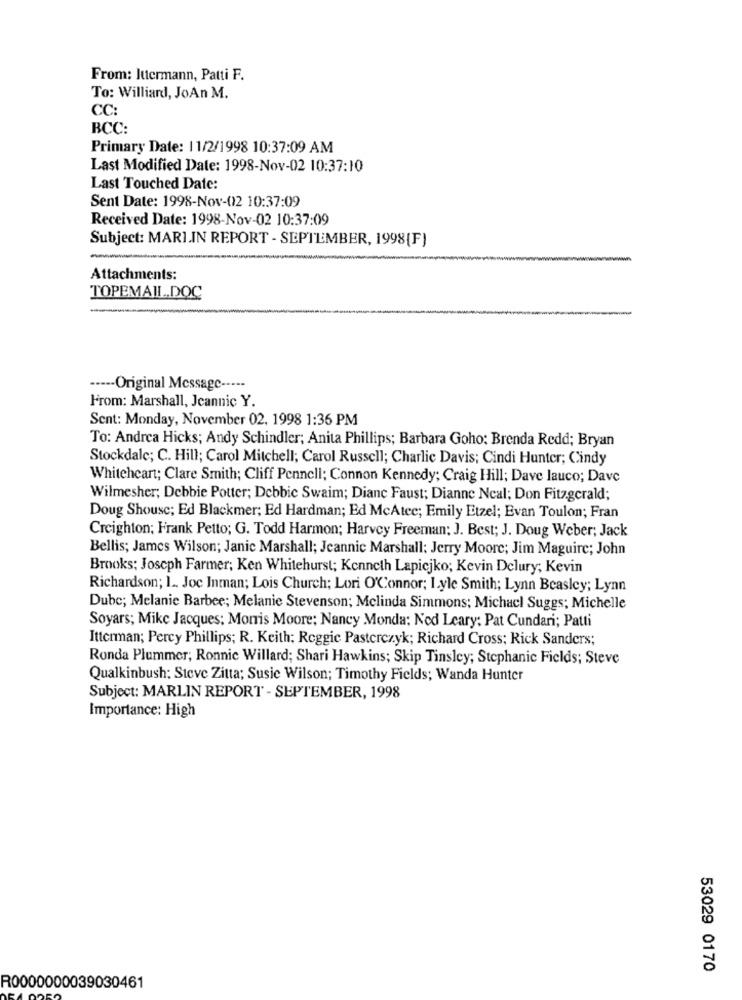
From: Jutermann, Patti F.
To: Williard, JoAn M.
CC:
BCC:
Primary Date: 11/2/1998 10:37:09 AM
Last Modified Date: 1998-Nov-02 10:37:10
Last Touched Date:
Sent Date: 1998-Nov-02 10:37:09
Received Date: 1998-Nov-02 10:37:09
Subject: MARI.IN REPORT - SEPTEMBER, 1998[F)
Attachments:
TOPEMAIL.DOC
---- Original Message -----
From: Marshall, Jeannic Y.
Sent: Monday, November 02, 1998 1:36 PM
To: Andrea Hicks; Andy Schindler; Anita Phillips; Barbara Goho: Brenda Redd; Bryan
Stockdale; C. Hill; Carol Mitchell; Carol Russell; Charlic Davis; Cindi Hunter; Cindy
Whiteheart; Clare Smith; Cliff Pennell; Connon Kennedy; Craig Hill; Dave lauco; Dave
Wilmesher; Debbie Potter; Debbie Swaim; Dianc Faust; Dianne Ncal; Don Fitzgerald;
Doug Shouse; Ed Blackmer; Ed Hardman; Ed McAtec; Emily Etzel; Evan Toulon; Fran
Creighton; Frank Petto; G. Todd Harmon; Harvey Freeman: J. Best; J. Doug Weber; Jack
Bellis; James Wilson; Janic Marshall; Jeannic Marshall; Jerry Moore; Jim Maguire; John
Brooks; Joseph Farmer; Ken Whitehurst; Kenneth Lapicjko; Kevin Delury; Kevin
Richardson; I. Joe Inman; Lois Church; Lori O'Connor; Iyle Smith; Lynn Beasley; Lynn
Dube; Melanie Barbee; Melanie Stevenson; Melinda Simmons; Michacl Suggs; Michelle
Soyars; Mike Jacques: Morris Moore; Nancy Monda: Nod Leary: Pat Cundari; Patti
Itterman; Percy Phillips; R. Keith; Reggie Pasterczyk; Richard Cross; Rick Sanders;
Ronda Plummer; Ronnic Willard; Shari Hawkins; Skip Tinsley; Stephanie Fields; Steve
Qualkinbush: Steve Zitta; Susie Wilson; Timothy Fields; Wanda Hunter
Subject: MARLIN REPORT - SEPTEMBER, 1998
Importance: High
53029 0170
R0000000039030461